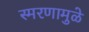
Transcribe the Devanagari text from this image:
स्‍मरणामुळे